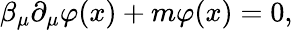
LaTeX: \beta_{\mu}\partial_{\mu}\varphi(x)+m\varphi(x)=0,